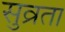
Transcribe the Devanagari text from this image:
सुव्रता